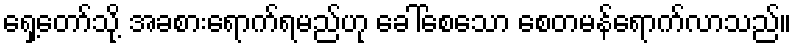
ရှေ့တော်သို့ အခစားရောက်ရမည်ဟု ခေါ်စေသော စေတမန်ရောက်လာသည်။